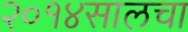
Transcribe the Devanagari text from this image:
२०१४सालचा